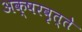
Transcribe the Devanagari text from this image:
अक्षरवृत्ते